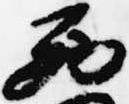
西